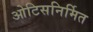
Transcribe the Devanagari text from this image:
ओटिसनिर्मित